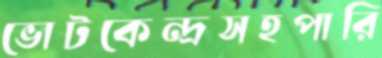
ভোটকেন্দ্রসহপারি